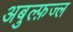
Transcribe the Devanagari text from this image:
अबुल्फ़ज्ल